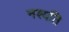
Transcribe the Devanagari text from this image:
नश्यति